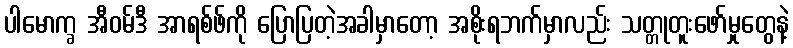
ပါမောက္ခ အီဝမ်ဒီ အာရစ်ဖ်ကို ပြောပြတဲ့အခါမှာတော့ အစိုးရဘက်မှာလည်း သတ္တုတူးဖော်မှုတွေနဲ့